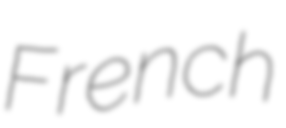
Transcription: French